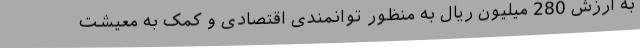
به ارزش 280 میلیون ریال به منظور توانمندی اقتصادی و کمک به معیشت